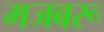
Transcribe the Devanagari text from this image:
मजबरू